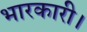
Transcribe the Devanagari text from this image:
भारकारी।